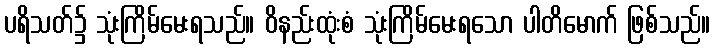
ပရိသတ်၌ သုံးကြိမ်မေးရသည်။ ဝိနည်းထုံးစံ သုံးကြိမ်မေးရသော ပါတိမောက် ဖြစ်သည်။